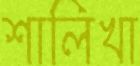
শালিখা